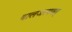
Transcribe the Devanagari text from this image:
बालजल्पवत्